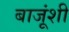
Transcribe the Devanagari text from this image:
बाजूंशी